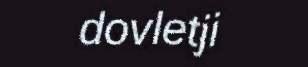
dovletji